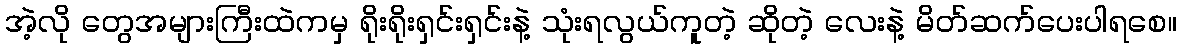
အဲ့လို တွေအများကြီးထဲကမှ ရိုးရိုးရှင်းရှင်းနဲ့ သုံးရလွယ်ကူတဲ့ ဆိုတဲ့ လေးနဲ့ မိတ်ဆက်ပေးပါရစေ။